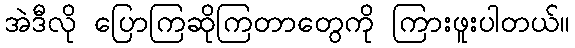
အဲဒီလို ပြောကြဆိုကြတာတွေကို ကြားဖူးပါတယ်။